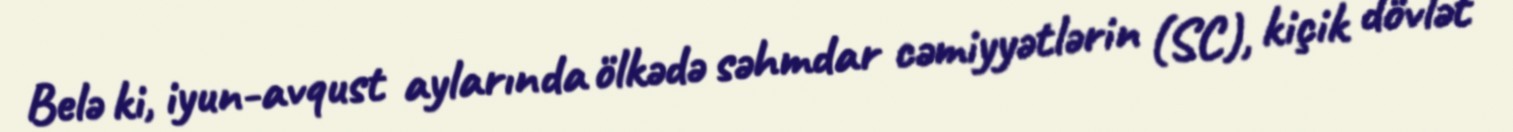
Belə ki, iyun-avqust aylarında ölkədə səhmdar cəmiyyətlərin (SC), kiçik dövlət